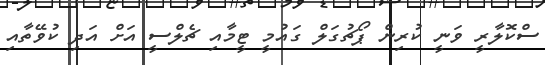
ސްކޮލާރީ ވަނީ ކުރިން ޕޯޗުގަލް ގައުމީ ޓީމާއި ޗެލްސީ އަށް އަދި ކުވޭތާއި